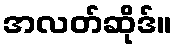
အလတ်ဆိုဒ်။